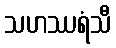
သဟဿရံသီ